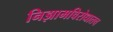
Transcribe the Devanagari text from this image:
निझामविरोधातच